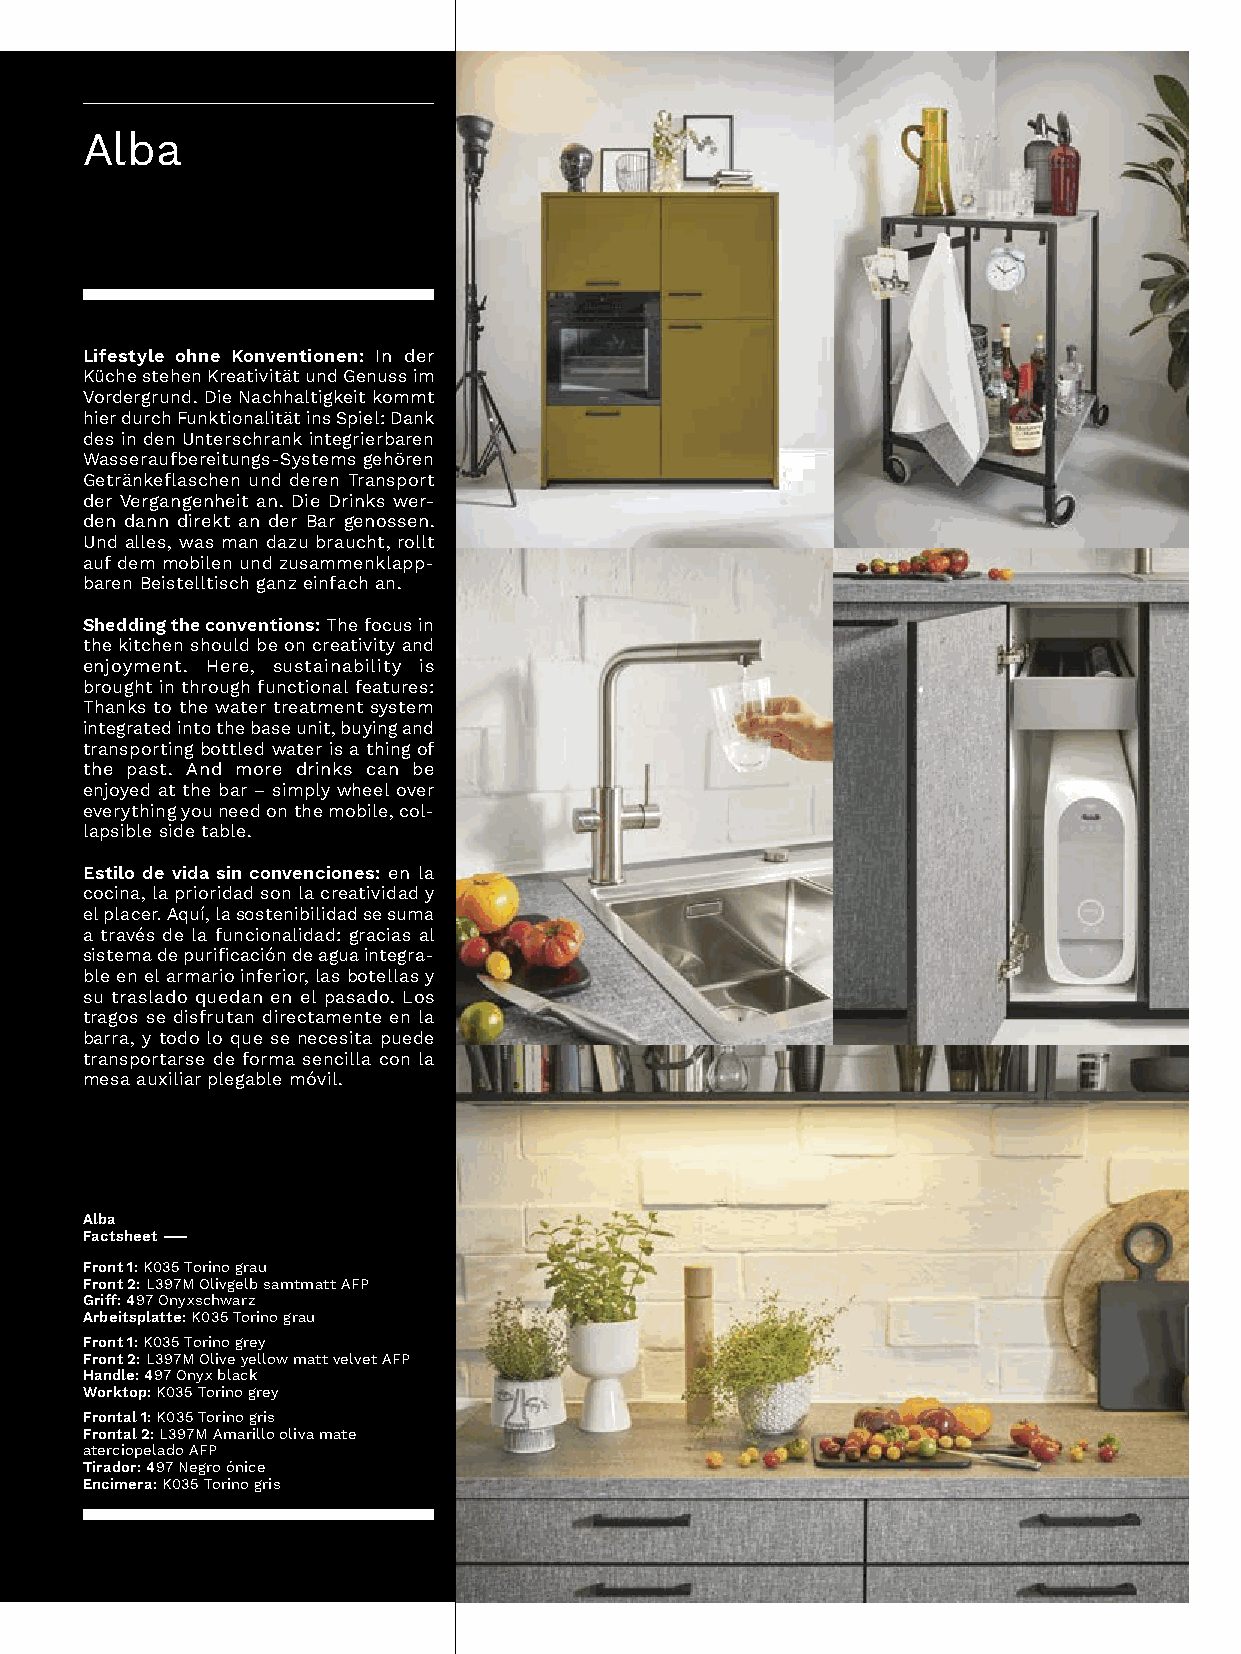
Alba
 Lifestyle ohne Konventionen: In der
 KüchestehenKreativitätundGenussim
 Vordergrund.DieNachhaltigkeitkommt
 hierdurchFunktionalitätinsSpiel:Dank
 desindenUnterschrankintegrierbaren
 Wasseraufbereitungs-Systemsgehören
 GetränkeflaschenundderenTransport
 derVergangenheitan.DieDrinkswer-
 dendanndirektanderBargenossen.
 Undalles,wasmandazubraucht,rollt
 aufdemmobilenundzusammenklapp-
 barenBeistelltischganzeinfachan.
 Shedding the conventions: The focus in
 thekitchenshouldbeoncreativityand
 enjoyment. Here, sustainability is
 broughtinthroughfunctionalfeatures:
 Thankstothewatertreatmentsystem
 integratedintothebaseunit,buyingand
 transportingbottledwaterisathingof
 the past. And more drinks can be
 enjoyedatthebar–simplywheelover
 everythingyouneedonthemobile,col-
 lapsiblesidetable.
 Estilo de vida sin convenciones: en la
 cocina,laprioridadsonlacreatividady
 elplacer.Aquí,lasostenibilidadsesuma
 atravésdelafuncionalidad:graciasal
 sistemadepurificacióndeaguaintegra-
 bleenelarmarioinferior,lasbotellasy
 sutrasladoquedanenelpasado.Los
 tragos se disfrutan directamente en la
 barra,ytodoloquesenecesitapuede
 transportarse de forma sencilla con la
 mesaauxiliarplegablemóvil.
 Alba
 Factsheet –
 Front 1: K035 Torino grau
 Front 2:L397MOlivgelbsamtmattAFP
 Griff:497Onyxschwarz
 Arbeitsplatte: K035 Torino grau
 Front 1:K035Torinogrey
 Front 2:L397MOliveyellowmattvelvetAFP
 Handle:497Onyxblack
 Worktop:K035Torinogrey
 Frontal 1: K035 Torino gris
 Frontal 2:L397MAmarilloolivamate
 aterciopelado AFP
 Tirador:497Negroónice
 Encimera: K035 Torino gris